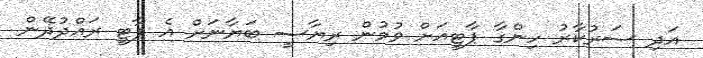
އަދި ސަރުކާރު ހިންގާ ޕާޓީއަށް ވުމުން ރިޔާސީ ބަޔާނަށް އެ ޕާޓީ ރައްދުދޭން